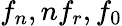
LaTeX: f_{n},nf_{r},f_{0}